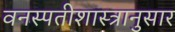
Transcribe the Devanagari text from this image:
वनस्पतीशास्त्रानुसार